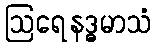
ဩရေနဒ္ဓမာသံ